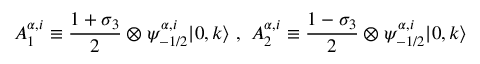
A _ { 1 } ^ { \alpha , i } \equiv \frac { 1 + \sigma _ { 3 } } { 2 } \otimes \psi _ { - 1 / 2 } ^ { \alpha , i } | 0 , k \rangle ~ , ~ A _ { 2 } ^ { \alpha , i } \equiv \frac { 1 - \sigma _ { 3 } } { 2 } \otimes \psi _ { - 1 / 2 } ^ { \alpha , i } | 0 , k \rangle